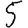
Digit: 5